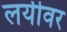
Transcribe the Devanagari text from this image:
लयीवर